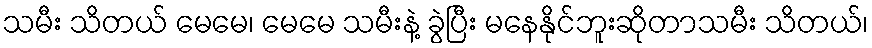
သမီး သိတယ် မေမေ၊ မေမေ သမီးနဲ့ ခွဲပြီး မနေနိုင်ဘူးဆိုတာသမီး သိတယ်၊